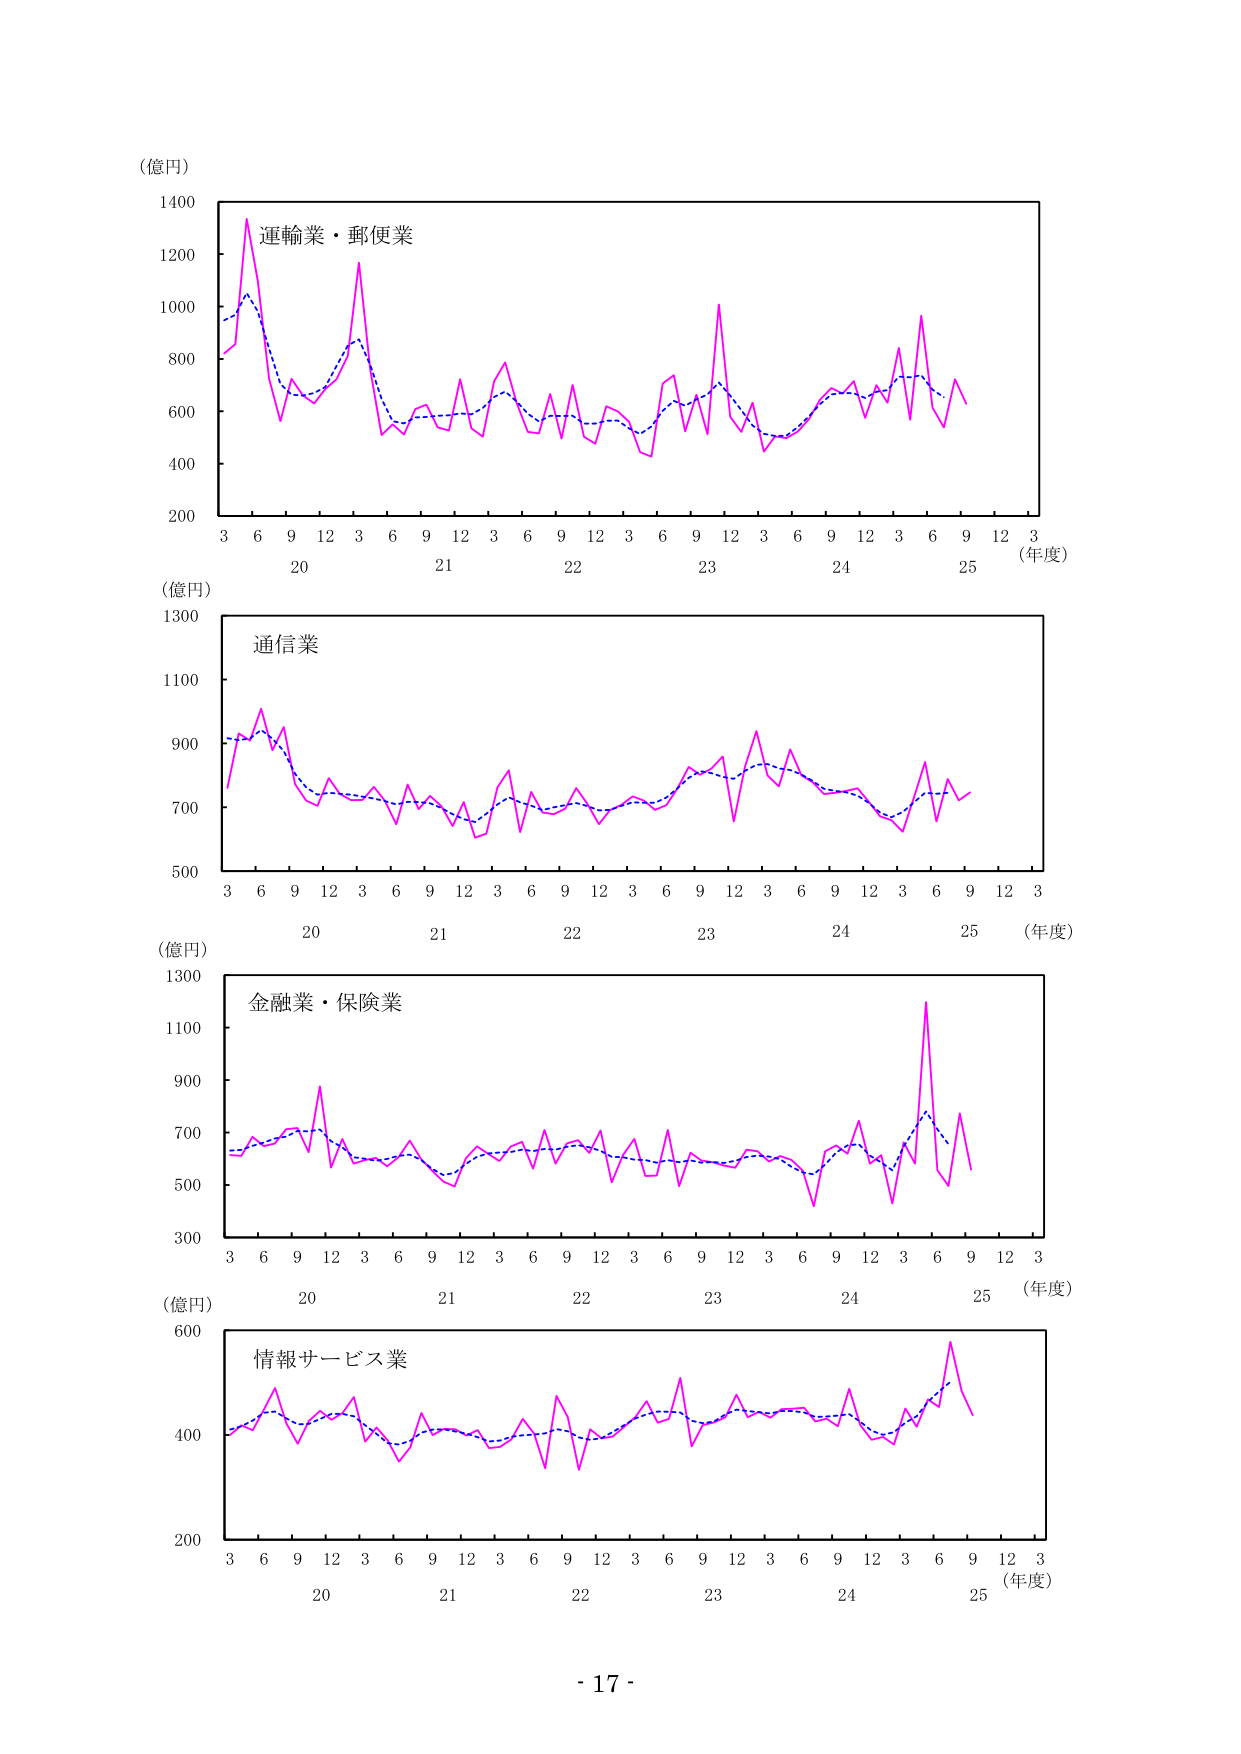
（億円）
1400
1200
運輸業・郵便業
1000
800
600
400
200
3 6 9 12 3 6 9 12 3 6 9 12 3 6 9 12 3 6 9 12 3
20 21 22 23 24 25 （年度）
（億円）
1300
通信業
1100
900
700
500
3 6 9 12 3 6 9 12 3 6 9 12 3 6 9 12 3 6 9 12 3
20 21 22 23 24 25 （年度）
（億円）
1300
金融業・保険業
1100
900
700
500
300
3 6 9 12 3 6 9 12 3 6 9 12 3 6 9 12 3 6 9 12 3
20 21 22 23 24 25 （年度）
（億円）
600
情報サービス業
400
200
3 6 9 12 3 6 9 12 3 6 9 12 3 6 9 12 3 6 9 12 3
20 21 22 23 24 25 （年度）
- 17 -